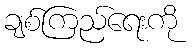
ချစ်ကြည်ရေးကို